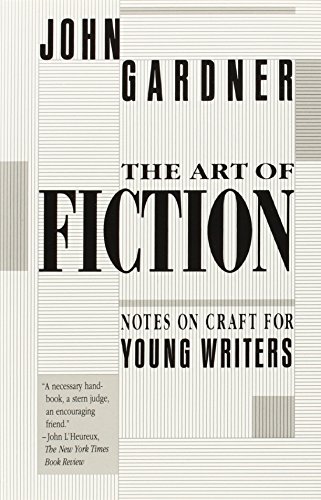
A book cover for The Art of Fiction: Notes on Craft for Young Writers; John Gardner; Literature & Fiction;